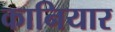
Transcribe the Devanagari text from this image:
कानियार